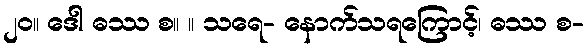
၂၀။ ဒေါ ဓဿ စ။ ။ သရေ- နောက်သရကြောင့်၊ ဓဿ စ-